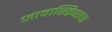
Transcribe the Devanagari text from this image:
जावास्क्रिप्टचा